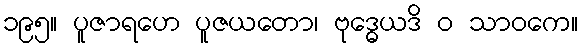
၁၉၅။ ပူဇာရဟေ ပူဇယတော၊ ဗုဒ္ဓေယဒိ ဝ သာဝကေ။